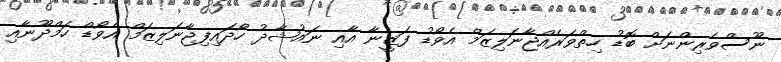
ނޫސްވެރިންނަށް ބޮޑު ހިތްވަރެއްޖާނަލިޒަމް އެވޯޑު ފަޒީނާ އާއި ނައުޝާދު ހޯދައިފިޖާނަލިޒަމް އެވޯޑް ހަމްދޫނާއި